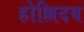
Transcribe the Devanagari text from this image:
होल्लिदय